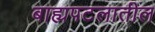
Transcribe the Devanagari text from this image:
बाह्यपटलातील